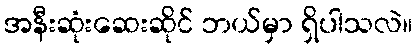
အနီးဆုံးဆေးဆိုင် ဘယ်မှာ ရှိပါသလဲ။